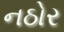
નઠોર